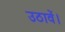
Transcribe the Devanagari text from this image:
उठावें।